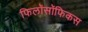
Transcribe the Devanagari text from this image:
फिलॉसॉफिकस